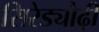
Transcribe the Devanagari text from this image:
सिरेड्यौढ़ी